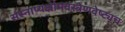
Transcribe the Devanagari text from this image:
संस्नाप्यक्षौमवस्त्रेणवेष्ट्यच